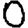
Digit: 0